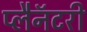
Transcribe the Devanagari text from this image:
प्लैनॅटरी